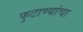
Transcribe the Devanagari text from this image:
फुटाण्यांचा